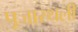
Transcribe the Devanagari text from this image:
पूजास्थली